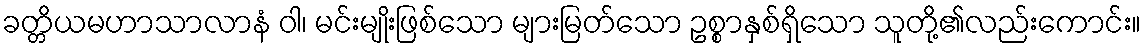
ခတ္တိယမဟာသာလာနံ ဝါ၊ မင်းမျိုးဖြစ်သော များမြတ်သော ဥစ္စာနှစ်ရှိသော သူတို့၏လည်းကောင်း။